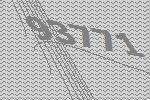
93771